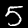
Label: 5